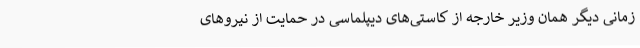
زمانی دیگر همان وزیر خارجه از کاستی‌های دیپلماسی در حمایت از نیروهای